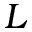
L